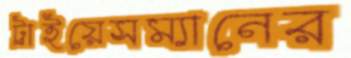
ট্রাইয়েসম্যানের